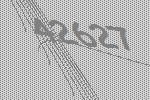
42627